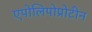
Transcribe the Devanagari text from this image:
एपोलिपोप्रोटीन